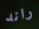
راند